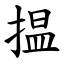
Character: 揾